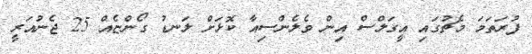
ފުރަތަމަ މެޗުގައި އީގަލްސް އިން ވެލެންސިއާ ކޮޅަށް ލަނޑު ގޯންޏެއް 25 ޖެނުއަރީ